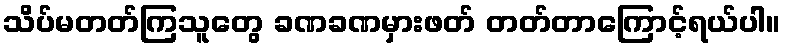
သိပ်မတတ်ကြသူတွေ ခဏခဏမှားဖတ် တတ်တာကြောင့်ရယ်ပါ။